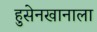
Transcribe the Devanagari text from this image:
हुसेनखानाला